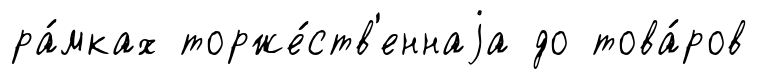
ра́мках торже́ств'еннаjа до това́ров